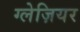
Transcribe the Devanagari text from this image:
ग्लेज़ियर